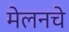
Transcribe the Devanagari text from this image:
मेलनचे